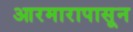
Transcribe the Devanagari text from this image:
आरमारापासून